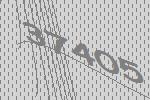
37405